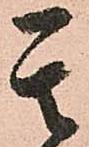
其